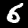
Digit: 6